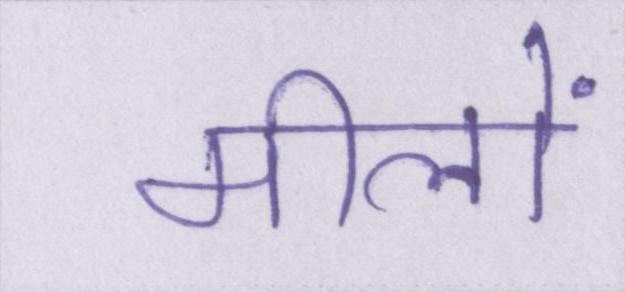
मीलों